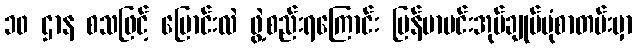
၁၀ ဌာန စသဖြင့် ပြောင်းလဲ ဖွဲ့စည်းရကြောင်း မြန်မာမင်းအုပ်ချုပ်ပုံစာတမ်းမှာ